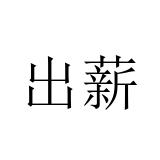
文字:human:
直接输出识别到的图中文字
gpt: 出薪